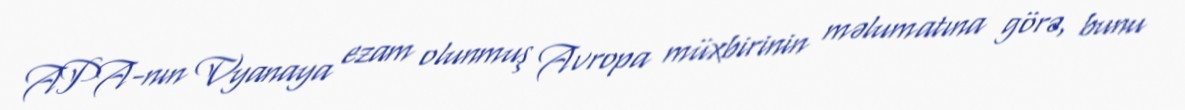
APA-nın Vyanaya ezam olunmuş Avropa müxbirinin məlumatına görə, bunu